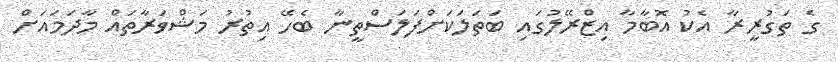
ގެ ތަގުރީރާ އެކު އޮބާމާ އިޒްރޭލުގައި ބަތަލަކަށްފަލަސްތީނާ ބެހޭ އިތުރު މަޝްވަރާތައް މާދަމައަށް